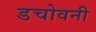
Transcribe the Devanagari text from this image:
डचोवनी